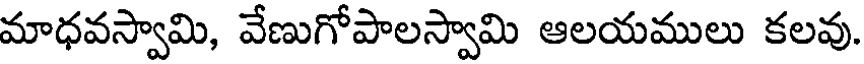
మాధవస్వామి, వేణుగోపాలస్వామి ఆలయములు కలవు.